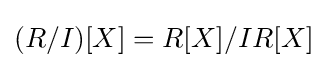
(R/I)[X]=R[X]/IR[X]